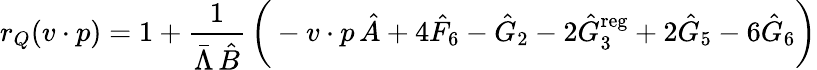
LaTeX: r_{Q}(v\cdot p)=1+{\frac{1}{\bar{\Lambda}\, \hat{B}}}\, \bigg(-v\cdot p\, \hat{A}+4\hat{F}_{6}-\hat{G}_{2}-2\hat{G}_{3}^{\mathrm{reg}}+2\hat{G}_{5}-6\hat{G}_{6}\bigg)